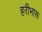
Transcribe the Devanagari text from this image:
हरीभारू